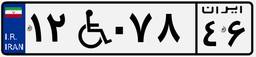
۳۸W۵۱۶۰۸